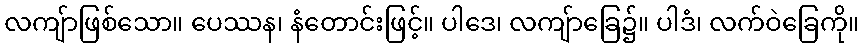
လကျ်ာဖြစ်သော။ ပေဿန၊ နံတောင်းဖြင့်။ ပါဒေ၊ လကျ်ာခြေ၌။ ပါဒံ၊ လက်ဝဲခြေကို။